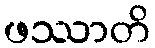
ဖဿာတိ